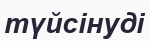
түйсінуді